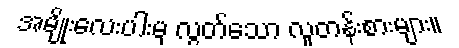
အမျိုးလေးပါးမှ လွတ်သော လူတန်းစားများ။